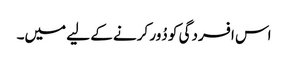
اس افسردگی کو دُور کرنے کے لیے میں۔